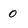
Character: 0